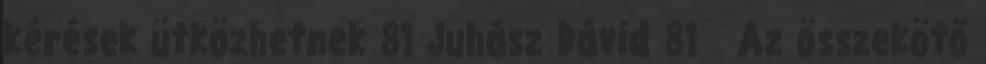
kérések ütközhetnek 81 Juhász Dávid 81 Az összekötő